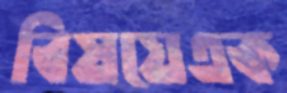
বিষয়েএক